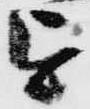
を